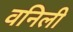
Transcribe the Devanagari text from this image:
वनिली